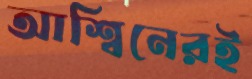
আশ্বিনেরই